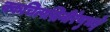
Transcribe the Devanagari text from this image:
क्कचित्पद्मिनीरेणुभङ्गे